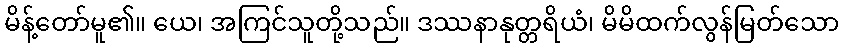
မိန့်တော်မူ၏။ ယေ၊ အကြင်သူတို့သည်။ ဒဿနာနုတ္တရိယံ၊ မိမိထက်လွန်မြတ်သော